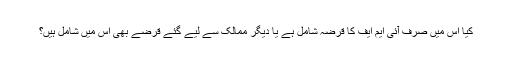
کیا اس میں صرف آئی ایم ایف کا قرضہ شامل ہے یا دیگر ممالک سے لیے گئے قرضے بھی اس میں شامل ہیں؟